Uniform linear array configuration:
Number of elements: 24
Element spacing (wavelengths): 0.25
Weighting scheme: uniform
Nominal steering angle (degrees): -30
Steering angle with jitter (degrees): -28.022
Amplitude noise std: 0.05
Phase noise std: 0.05

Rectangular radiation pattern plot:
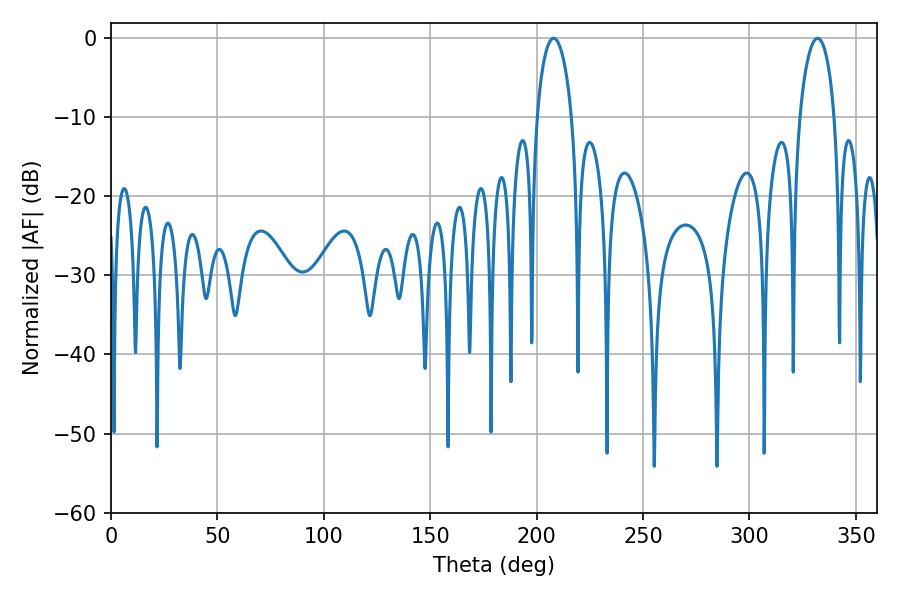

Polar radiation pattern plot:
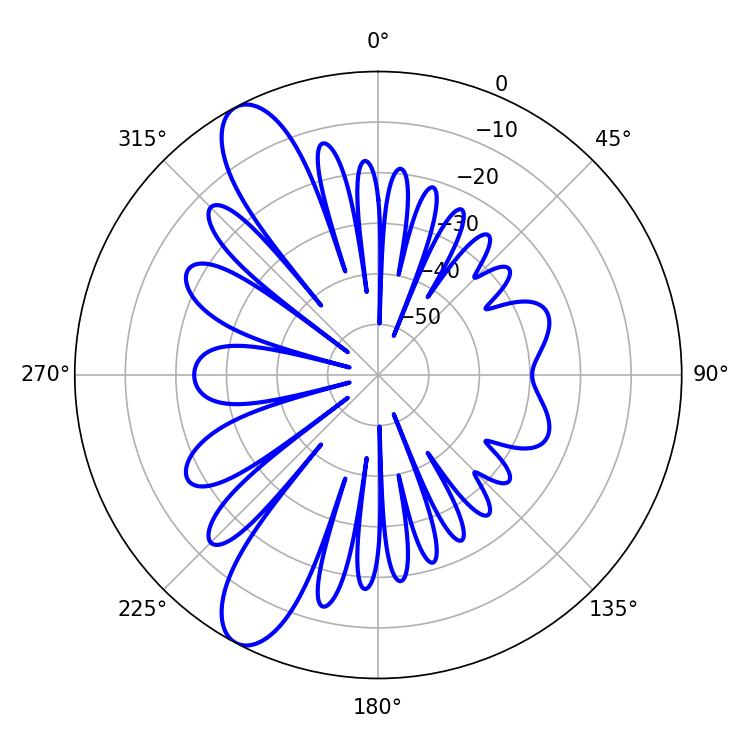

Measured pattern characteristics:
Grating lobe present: FALSE
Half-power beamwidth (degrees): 9.36
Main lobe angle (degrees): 207.9